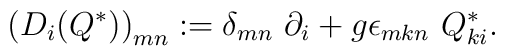
\left(D_i(Q^{\ast})\right)_{mn} := \delta_{mn}\ \partial_i +g \epsilon_{mkn}\ Q^{\ast}_{ki}.